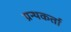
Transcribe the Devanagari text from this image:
ग्रन्थकर्ता